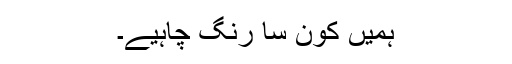
ہمیں کون سا رنگ چاہیے۔